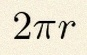
2\pi r